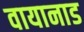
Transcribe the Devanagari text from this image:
वायानाड